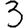
Digit: 3